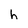
Character: h